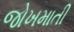
જોખમાતી